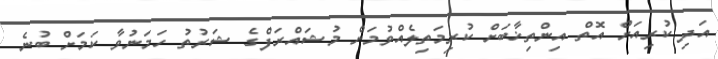
އަދި ކުރިއަށް އޮތް އިންތިޚާބަށް ކުރިމަތިލެއްވުމަށް މުޝައްރަފްގެ ޝަރުތު ހަމަނުވާ ކަމަށް ބުނެ